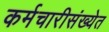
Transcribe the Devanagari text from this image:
कर्मचारीसंख्येत